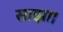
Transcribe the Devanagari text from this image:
साझा।